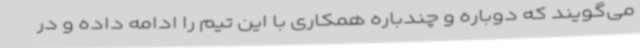
می‌گویند که دوباره و چندباره همکاری با این تیم را ادامه داده و در